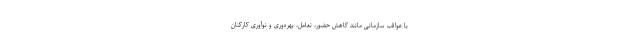
یا عواقب سازمانی مانند کاهش حضور، تعامل، بهره‌وری و نوآوری کارکنان